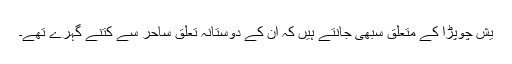
یش چوپڑا کے متعلق سبھی جانتے ہیں کہ ان کے دوستانہ تعلق ساحر سے کتنے گہرے تھے۔